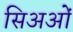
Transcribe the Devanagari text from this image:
सिअओं